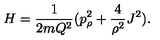
H = \frac { 1 } { 2 m Q ^ { 2 } } ( p _ { \rho } ^ { 2 } + \frac { 4 } { \rho ^ { 2 } } J ^ { 2 } ) .